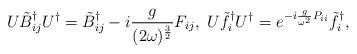
LaTeX: \begin{align*}U\tilde{B}^\dagger_{ij}U^\dagger=\tilde{B}^\dagger_{ij}-i\frac{g}{(2\omega)^{\frac{3}{2}}}F_{ij},\;U\tilde{f}^\dagger_iU^\dagger=e^{-i\frac{g}{\omega^2}P_{ii}}\tilde{f}^\dagger_i,\end{align*}